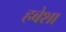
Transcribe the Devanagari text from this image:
हबेशा